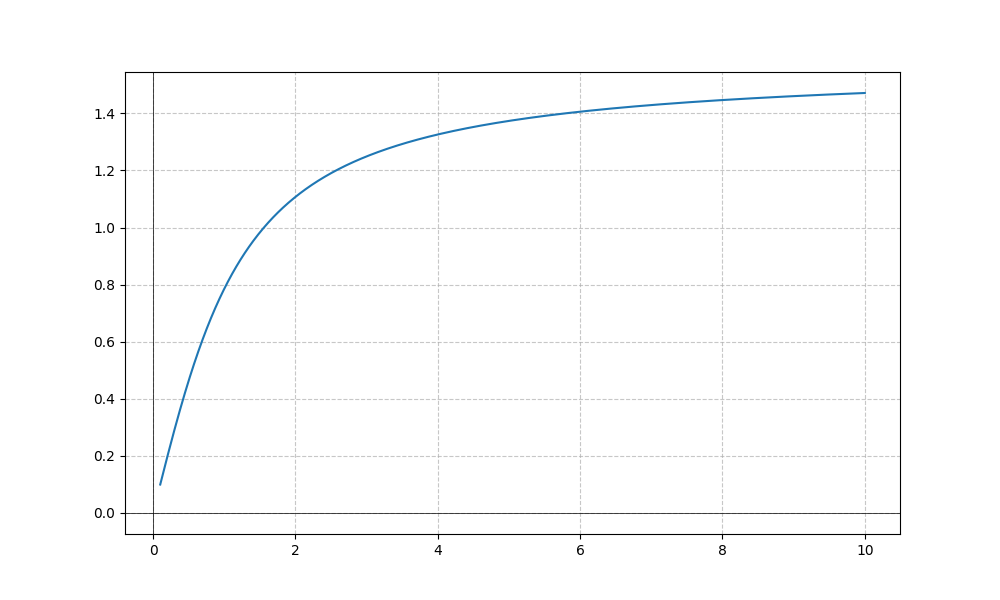
LaTeX formula: \operatorname{atan}{\left(x \right)}